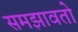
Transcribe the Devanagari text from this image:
समझावतो